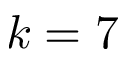
k = 7